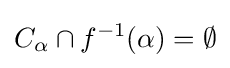
C_{\alpha }\cap f^{-1}(\alpha )=\emptyset